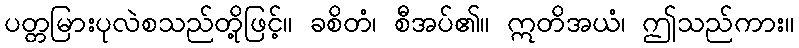
ပတ္တမြားပုလဲစသည်တို့ဖြင့်။ ခစိတံ၊ စီအပ်၏။ ဣတိအယံ၊ ဤသည်ကား။